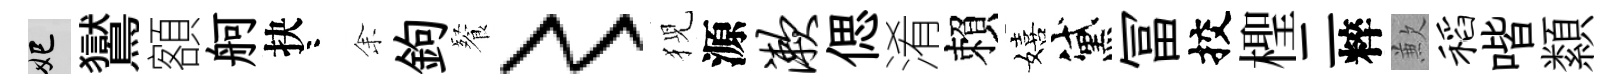
妃鸑額舸抉咯𪜬鉤餐〻猊源漱偲淆賴嬉黛冨挍檉二粹歉稻喈纇